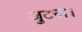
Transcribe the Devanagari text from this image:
जुटना।